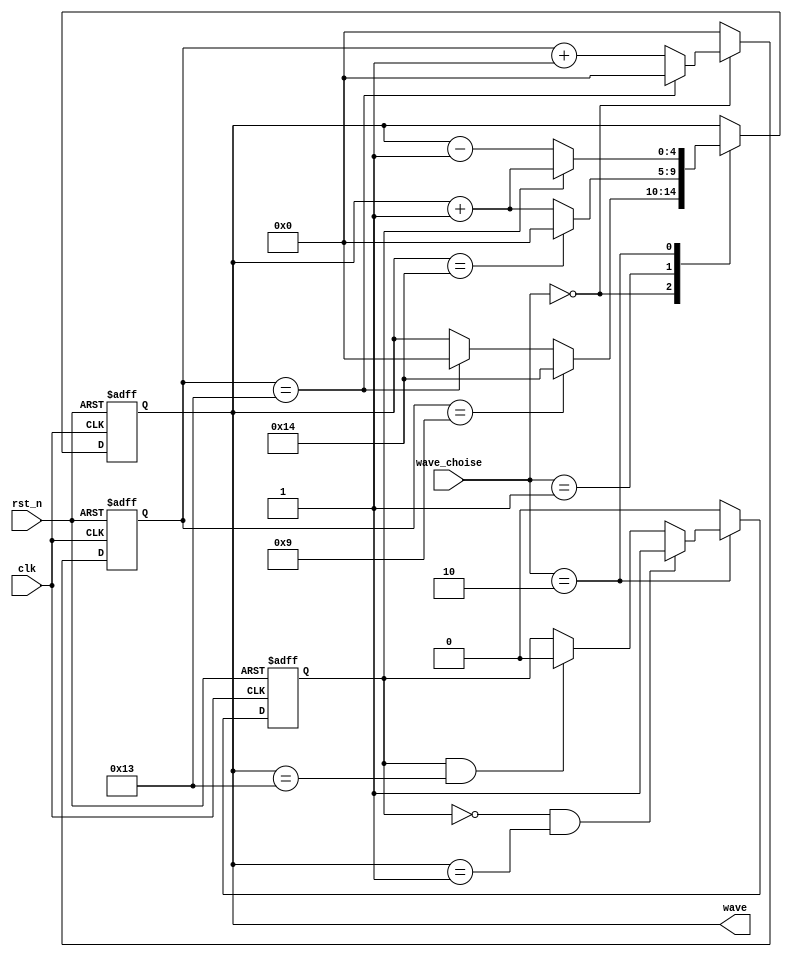
`timescale 1ns/1ns
module signal_generator(
	input clk,
	input rst_n,
	input [1:0] wave_choise,
	output reg [4:0]wave
	);

  reg [4:0]cnt;  // 0-190-9 wave=0;10-19 wave=20
  reg flag;  //flagflag=0flag=1
  
//      T=20
    always@(posedge clk or negedge rst_n)begin
        if(!rst_n) cnt<=0; 
        else       cnt<=(wave_choise==0)?((cnt==19)?0:cnt+1):0;
//       else begin
//           if(wave_choise==0) begin
//               if(cnt==19) cnt<=0;
//               else        cnt<=cnt+1;
//           end
//           else          cnt<=0;
//       end
    end    
       
//      T=21
       
//      T=40
//     flag = 0 
//     flag = 1 
    always@(posedge clk or negedge rst_n)begin
        if(!rst_n) flag<=0;
        else begin
            if(wave_choise==2)begin
                if(flag==0&&wave==1) flag<=1;
                else if(flag==1&&wave==19) flag<=0;
                else flag<=flag;
            end
            else flag<=0;
        end
    end
    
//     wave 
    always@(posedge clk or negedge rst_n)begin
        if(!rst_n) wave<=0;
        else begin
            case(wave_choise)
                0: begin  //0-9 wave=0;10-19 wave=20
                  if(cnt==9)         wave<=20;
                    else if(cnt==19) wave<=0;
                    else             wave<=wave;
                end
                1: begin
                  if(wave==20)   wave<=0;  //T=21
                    else         wave<=wave+1;
                end
                2: begin
                    if(flag==0) wave<=wave-1;
                    else        wave<=wave+1;
                end
                default: wave<=wave;
            endcase                    
        end
    end
            
            
        
        
    
endmodule